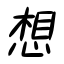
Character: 想